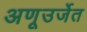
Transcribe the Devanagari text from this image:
अणूउर्जेत